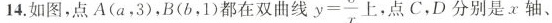
14.如图，点A(a，3)，B(b，1)都在双曲线 $$y= \frac{3}{x}$$ 上，点C，D分别是x轴、